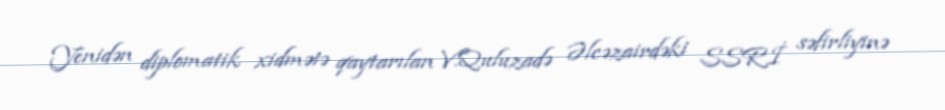
Yenidən diplomatik xidmətə qaytarılan V.Quluzadə Əlcəzairdəki SSRİ səfirliyinə